Civil Veterinary Dept. Assam report 1927-50 - 1927-1950
Year: 1927
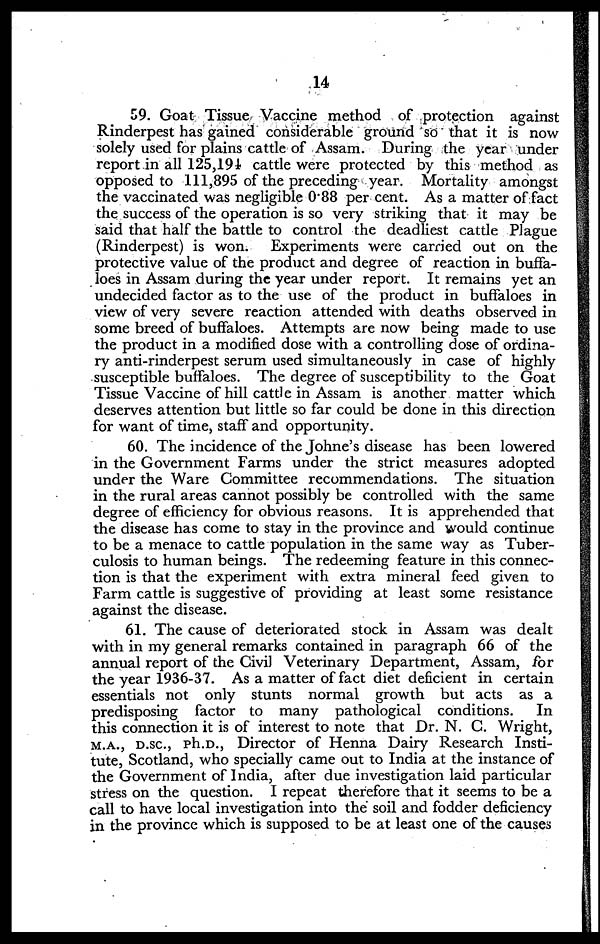
14
59. Goat Tissue Vaccine method of protection against
Rinderpest has gained considerable ground so that it is now
solely used for plains cattle of Assam. During the year under
report in all 125,191 cattle were protected by this method as
opposed to 111,895 of the preceding year. Mortality amongst
the vaccinated was negligible 0.88 per cent. As a matter of fact
the success of the operation is so very striking that it may be
said that half the battle to control the deadliest cattle Plague
(Rinderpest) is won. Experiments were carried out on the
protective value of the product and degree of reaction in buffa-
loes in Assam during the year under report. It remains yet an
undecided factor as to the use of the product in buffaloes in
view of very severe reaction attended with deaths observed in
some breed of buffaloes. Attempts are now being made to use
the product in a modified dose with a controlling dose of ordina-
ry anti-rinderpest serum used simultaneously in case of highly
susceptible buffaloes. The degree of susceptibility to the Goat
Tissue Vaccine of hill cattle in Assam is another matter which
deserves attention but little so far could be done in this direction
for want of time, staff and opportunity.
60. The incidence of the Johne's disease has been lowered
in the Government Farms under the strict measures adopted
under the Ware Committee recommendations. The situation
in the rural areas cannot possibly be controlled with the same
degree of efficiency for obvious reasons. It is apprehended that
the disease has come to stay in the province and would continue
to be a menace to cattle population in the same way as Tuber-
culosis to human beings. The redeeming feature in this connec-
tion is that the experiment with extra mineral feed given to
Farm cattle is suggestive of providing at least some resistance
against the disease.
61. The cause of deteriorated stock in Assam was dealt
with in my general remarks contained in paragraph 66 of the
annual report of the Civil Veterinary Department, Assam, for
the year 1936-37. As a matter of fact diet deficient in certain
essentials not only stunts normal growth but acts as a
predisposing factor to many pathological conditions.
In
this connection it is of interest to note that Dr. N. C. Wright,
M.A., D.SC., Ph.D., Director of Henna Dairy Research Insti-
tute, Scotland, who specially came out to India at the instance of
the Government of India, after due investigation laid particular
stress on the question. I repeat therefore that it seems to be a
call to have local investigation into the soil and fodder deficiency
in the province which is supposed to be at least one of the causes